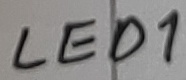
Text: LED1